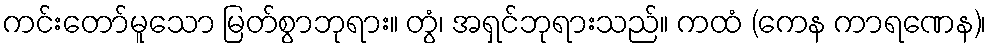
ကင်းတော်မူသော မြတ်စွာဘုရား။ တွံ၊ အရှင်ဘုရားသည်။ ကထံ (ကေန ကာရဏေန)၊